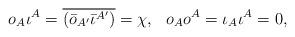
LaTeX: \begin{align*}o_A\iota^A =\overline{(\bar{o}_{A'}\bar{\iota}^{A'})} = \chi, \,\,\,\,o_Ao^A = \iota_A\iota^A = 0,\end{align*}